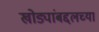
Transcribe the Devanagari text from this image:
खोड्यांबद्दलच्या